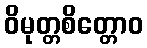
ဝိမုတ္တစိတ္တောဝ